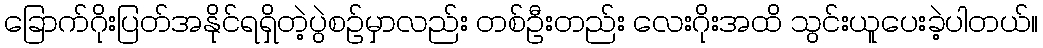
ခြောက်ဂိုးပြတ်အနိုင်ရရှိတဲ့ပွဲစဉ်မှာလည်း တစ်ဦးတည်း လေးဂိုးအထိ သွင်းယူပေးခဲ့ပါတယ်။